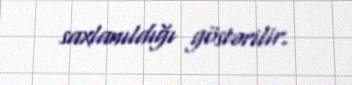
saxlanıldığı göstərilir.